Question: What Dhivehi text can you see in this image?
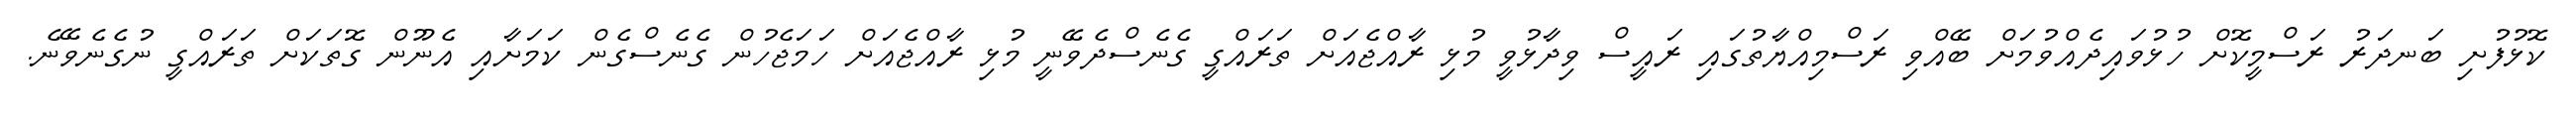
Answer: ކޮޅުފުށި ބަނދަރު ރަސްމީކޮށް ހުޅުވައިދެއްވުމަށް ބޭއްވި ރަސްމިއްޔާތުގައި ރައީސް ވިދާޅުވީ މުޅި ރާއްޖެއަށް ތަރައްގީ ގެނެސްދެވޭނީ މުޅި ރާއްޖެއަށް ހަމަޖެހުން ގެނެސްގެން ކަމަށާއި އެނޫން ގޮތަކަށް ތަރައްގީ ނުގެނެވޭނެ.